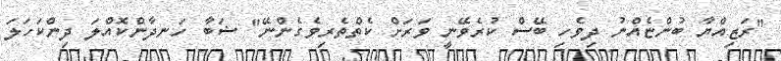
"ރަޒިއްޔާ ބުންޏެއްނު ދިވެހި ބޭސް ކުރެވޭނީ ވަރަށް ކެތްތެރިވެގެންނޭ" ޝަބާ ހަނދާންކޮއްލަ ދިންކަހަލަ